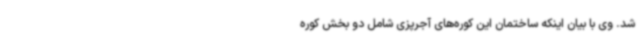
شد. وی با بیان اینکه ساختمان این کوره‌های آجرپزی شامل دو بخش کوره